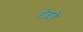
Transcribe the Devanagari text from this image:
होइहै